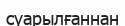
суарылғаннан